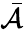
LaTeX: \bar{\mathcal{A}}